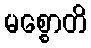
မစ္စောတိ